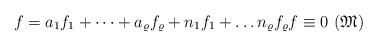
LaTeX: \begin{align*}f = a_{1}f_{1}+ \dots +a_{\varrho}f_{\varrho}+n_{1}f_{1}+ \dots n_{\varrho}f_{\varrho} f \equiv 0\ (\mathfrak{M})\end{align*}